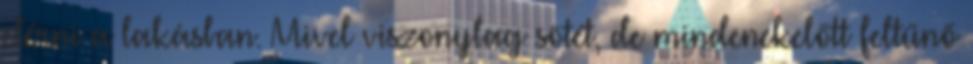
elérni a lakásban. Mivel viszonylag sötét, de mindenekelőtt feltűnő